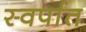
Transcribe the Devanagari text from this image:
स्वर्पात